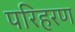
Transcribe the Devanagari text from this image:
परिहरण